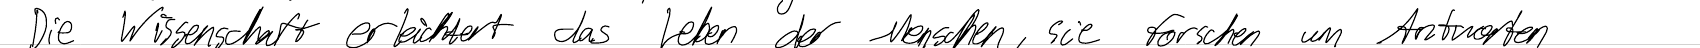
Die Wissenschaft erleichtert das Leben der Menschen, die forschen um Antworten